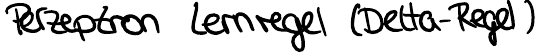
Perzeptron Lernregel (Delta-Regel)